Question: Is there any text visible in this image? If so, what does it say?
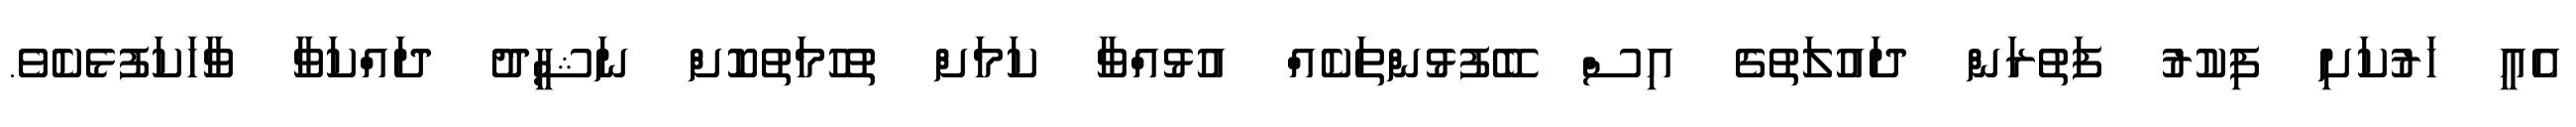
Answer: އެއީ ހަރުކަށި ފިކުރު ފަތުރަން ދައުލަތުގެ އިސް ބޭފުޅުންތަކެއް އުޅުއްވާ ކަމަށް ތުހުމަތުކޮށް ނަޝީދު ދައްކަވާ ވާހަކަފުޅެކެވެ.